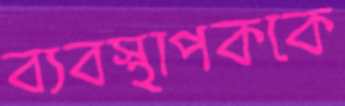
ব্যবস্থাপককে